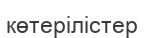
көтерілістер